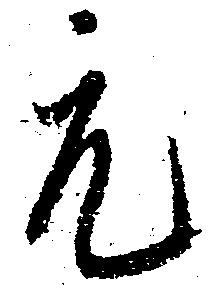
元